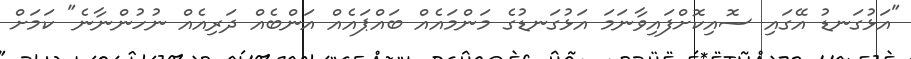
"އަޅުގަނޑު އޭގައި ސޮއިކޮށްފައިވާނަމަ އަޅުގަނޑުގެ މަންމައެއް ބައްޕައެއް އަންބެއް ދަރިއެއް ނުހުންނާނެ" ކަމަށް